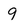
Character: 9